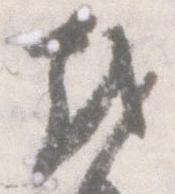
越